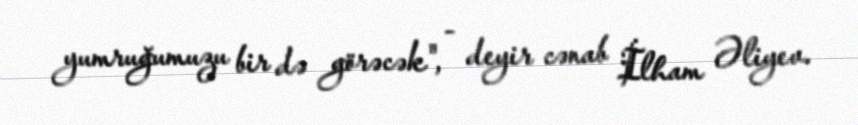
yumruğumuzu bir də görəcək", - deyir cənab İlham Əliyev.